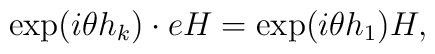
\exp(i\theta h_k) \cdot e H = \exp(i\theta h_1) H,